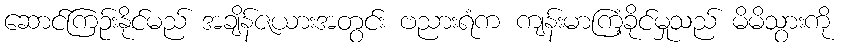
ဆောင်ကြဉ်းနိုင်မည် အချိန်ဇယားအတွင်း ဗညားရံက ကျန်းမာကြံ့ခိုင်မှုသည် မိမိသွားကို